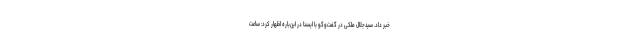
خبر داد. سیدجلال ملکی در گفت‌وگو با ایسنا در این‌باره اظهار کرد: ساعت